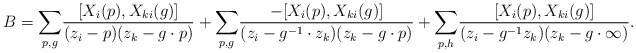
\begin{align*}B= \underset{p,g}{\sum} \frac{[X_i(p),X_{ki}(g)]}{(z_i-p)(z_k-g\cdot p)}+\underset{p ,g}{\sum} \frac{-[X_i(p),X_{ki}(g)]}{(z_i-g^{-1}\cdot z_k)(z_k-g\cdot p)} +\underset{p,h}{\sum} \frac{[X_i(p),X_{ki}(g)]}{(z_i-g^{-1}z_k)(z_k-g\cdot \infty)}.\end{align*}